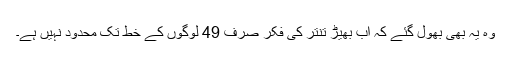
وہ یہ بھی بھول گئے کہ اب بھیڑ تنتر کی فکر صرف 49 لوگوں کے خط تک محدود نہیں ہے۔